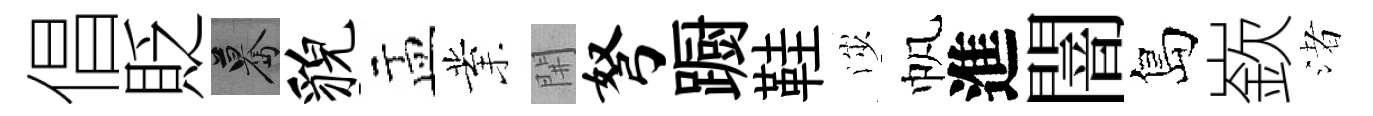
倡貶驀貌盂業𨳩弩蹰鞋渉帆進闇島嶔渚